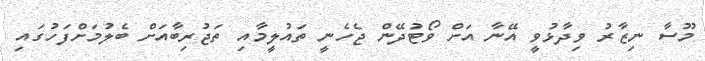
މޫސާ ނިޒާރު ވިދާޅުވީ އޭނާ އަށް ވޯޓުދޭން ޖެހެނީ ތައުލީމާއި ތަޖުރިބާއަށް ބެލުމަށްފަހުގައި